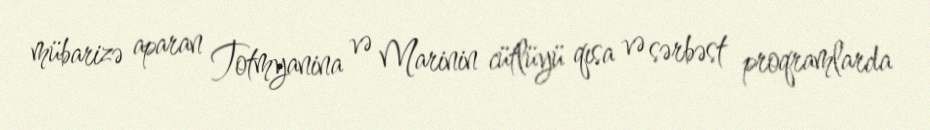
mübarizə aparan Totmyanina və Marinin cütlüyü qısa və sərbəst proqramlarda